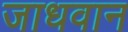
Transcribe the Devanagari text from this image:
जाधवान